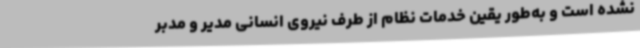
نشده است و به‌طور یقین خدمات نظام از طرف نیروی انسانی مدیر و مدبر